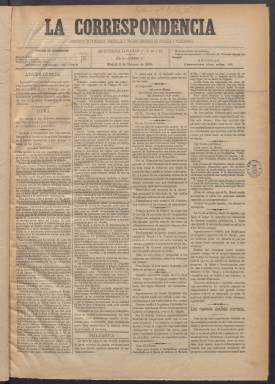
Título: La Correspondencia (Madrid. 1889)
Colección: Periódicos
Ámbito geográfico: Madrid
Lugar de publicación: Madrid
Fechas: 09/02/1889-09/06/1889